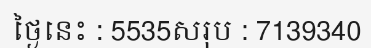
ថ្ងៃនេះ : 5535សរុប : 7139340